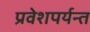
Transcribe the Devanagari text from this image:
प्रवेशपर्यन्त